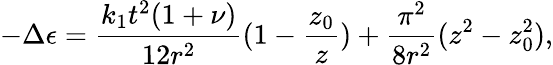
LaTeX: -\Delta\epsilon=\frac{k_{1}t^{2}(1+\nu)}{12r^{2}}(1-\frac{z_{0}}{z})+\frac{\pi^{2}}{8r^{2}}(z^{2}-z_{0}^{2}),